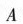
A